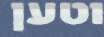
וטען